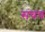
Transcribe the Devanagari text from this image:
संचच